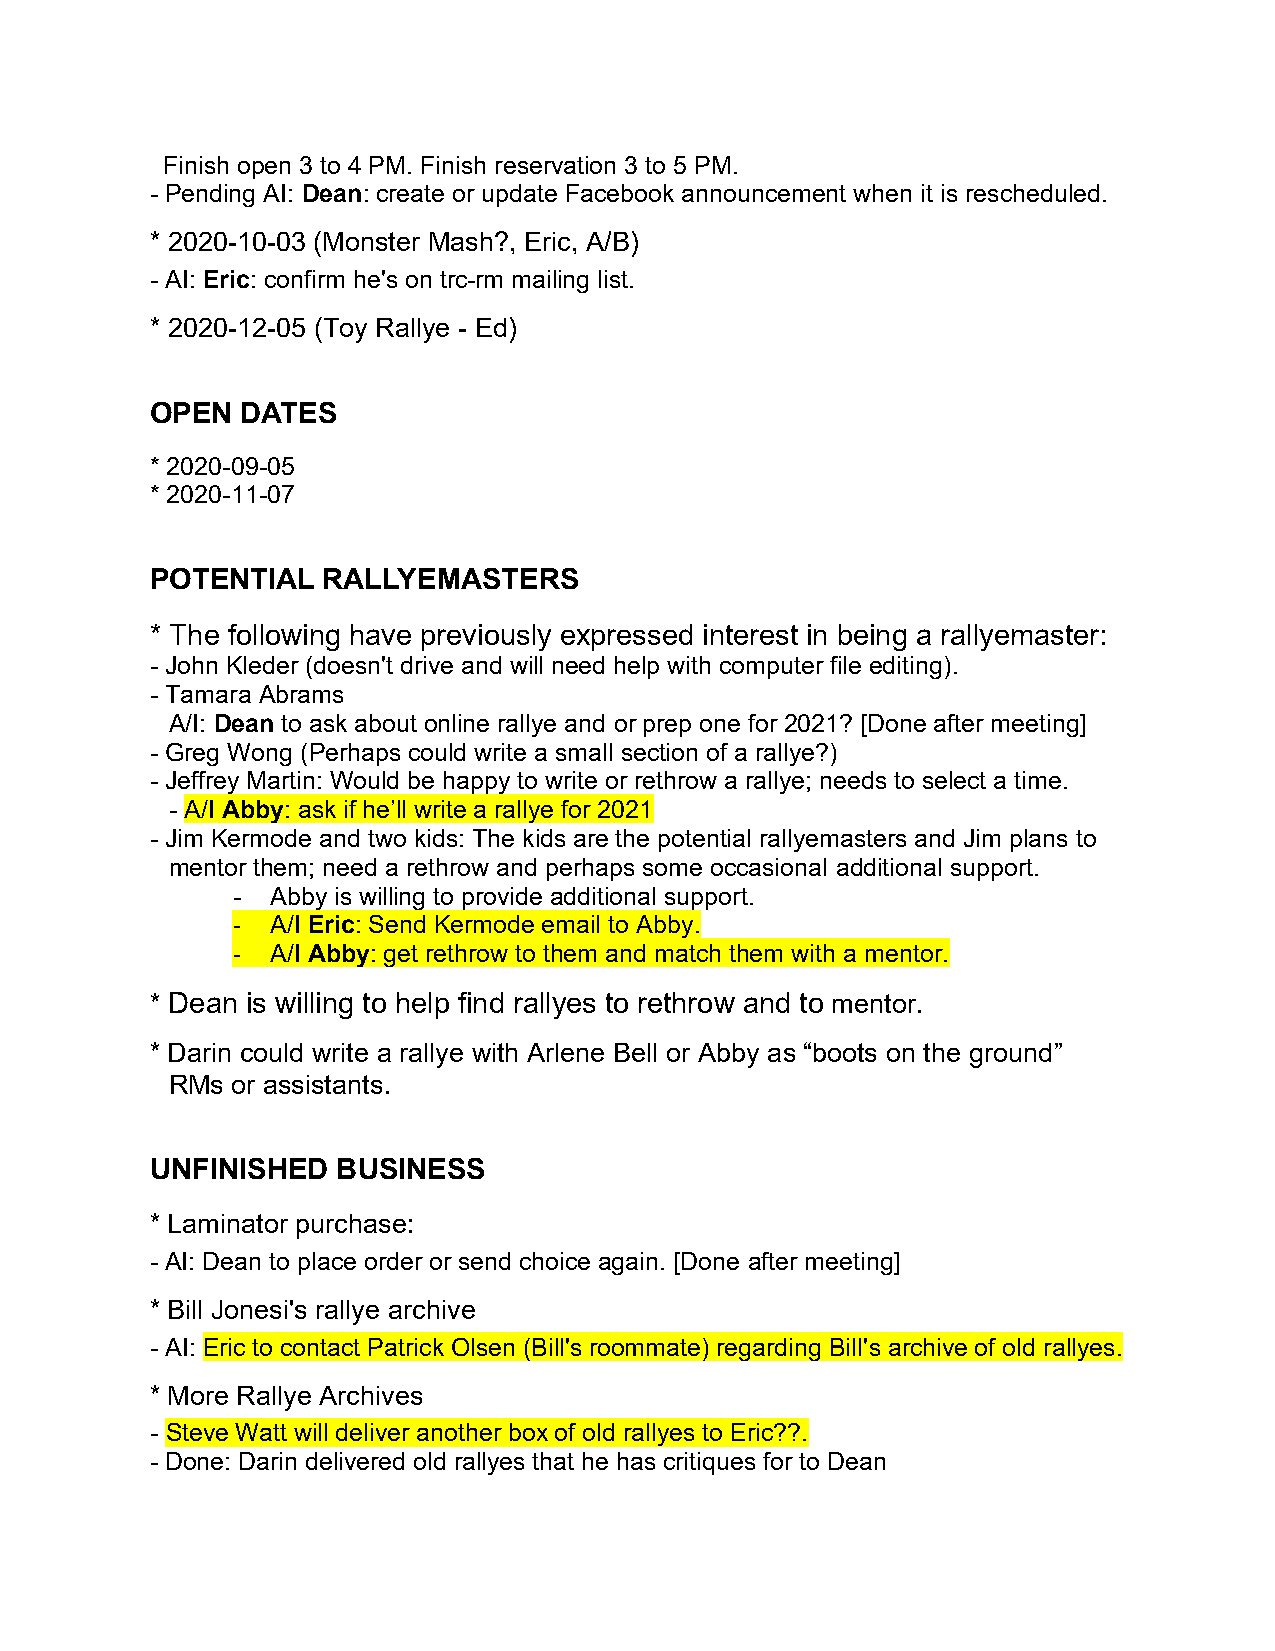
Finish open 3 to 4 PM. Finish reservation 3 to 5 PM.
 - Pending AI: Dean: create or update Facebook announcement when it is rescheduled.
 * 2020-10-03 (Monster Mash?, Eric, A/B)
 - AI: Eric: confirm he's on trc-rm mailing list.
 * 2020-12-05 (Toy Rallye - Ed)
 OPEN  DATES
 * 2020-09-05
 * 2020-11-07
 POTENTIAL  RALLYEMASTERS
 * The following have previously expressed interest in being a rallyemaster:
 - John Kleder (doesn't drive and will need help with computer file editing).
 - Tamara Abrams
 A/I: Dean to ask about online rallye and or prep one for 2021? [Done after meeting]
 - Greg Wong (Perhaps could write a small section of a rallye?)
 - Jeffrey Martin: Would be happy to write or rethrow a rallye; needs to select a time.
 - A/I Abby: ask if he’ll write a rallye for 2021
 - Jim Kermode and two kids: The kids are the potential rallyemasters and Jim plans to
 mentor them; need a rethrow and perhaps some occasional additional support.
 -  Abby is willing to provide additional support.
 -  A/I Eric: Send Kermode email to Abby.
 -  A/I Abby: get rethrow to them and match them with a mentor.
 * Dean is willing to help find rallyes to rethrow and to mentor.
 * Darin could write a rallye with Arlene Bell or Abby as “boots on the ground”
 RMs or assistants.
 UNFINISHED  BUSINESS
 * Laminator purchase:
 - AI: Dean to place order or send choice again. [Done after meeting]
 * Bill Jonesi's rallye archive
 - AI: Eric to contact Patrick Olsen (Bill's roommate) regarding Bill's archive of old rallyes.
 * More Rallye Archives
 - Steve Watt will deliver another box of old rallyes to Eric??.
 - Done: Darin delivered old rallyes that he has critiques for to Dean